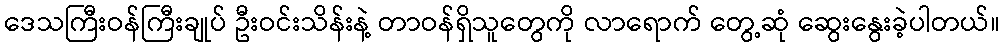
ဒေသကြီးဝန်ကြီးချုပ် ဦးဝင်းသိန်းနဲ့ တာဝန်ရှိသူတွေကို လာရောက် တွေ့ဆုံ ဆွေးနွေးခဲ့ပါတယ်။